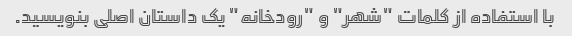
با استفاده از کلمات "شهر" و "رودخانه" یک داستان اصلی بنویسید.